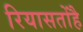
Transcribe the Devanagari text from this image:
रियासतोंहै